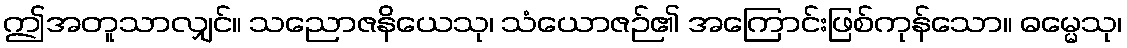
ဤအတူသာလျှင်။ သညောဇနိယေသု၊ သံယောဇဉ်၏ အကြောင်းဖြစ်ကုန်သော။ ဓမ္မေသု၊